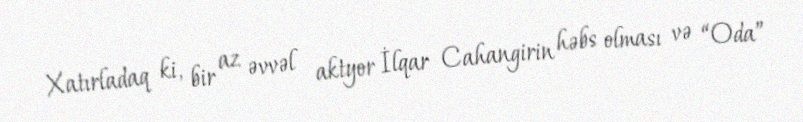
Xatırladaq ki, bir az əvvəl aktyor İlqar Cahangirin həbs olması və “Oda”